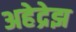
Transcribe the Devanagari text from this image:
अहेद्रेझ